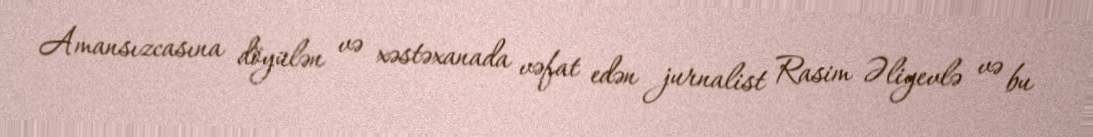
Amansızcasına döyülən və xəstəxanada vəfat edən jurnalist Rasim Əliyevlə və bu